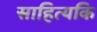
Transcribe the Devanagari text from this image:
साहित्यकि